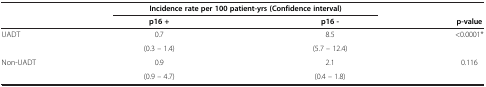
|  | <COLSPAN=2> Incidence rate per 100 patient-yrs (Confidence interval) |  |
 |  | p16 + | p16 - | p-value |
 | --- | --- | --- | --- |
 | UADT | 0.7 | 8.5 | <0.0001* |
 |  | (0.3 – 1.4) | (5.7 – 12.4) |  |
 | Non-UADT | 0.9 | 2.1 | 0.116 |
 |  | (0.9 – 4.7) | (0.4 – 1.8) |  |